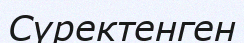
Сүректенген